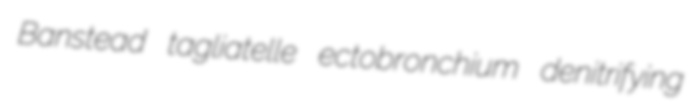
Banstead tagliatelle ectobronchium denitrifying